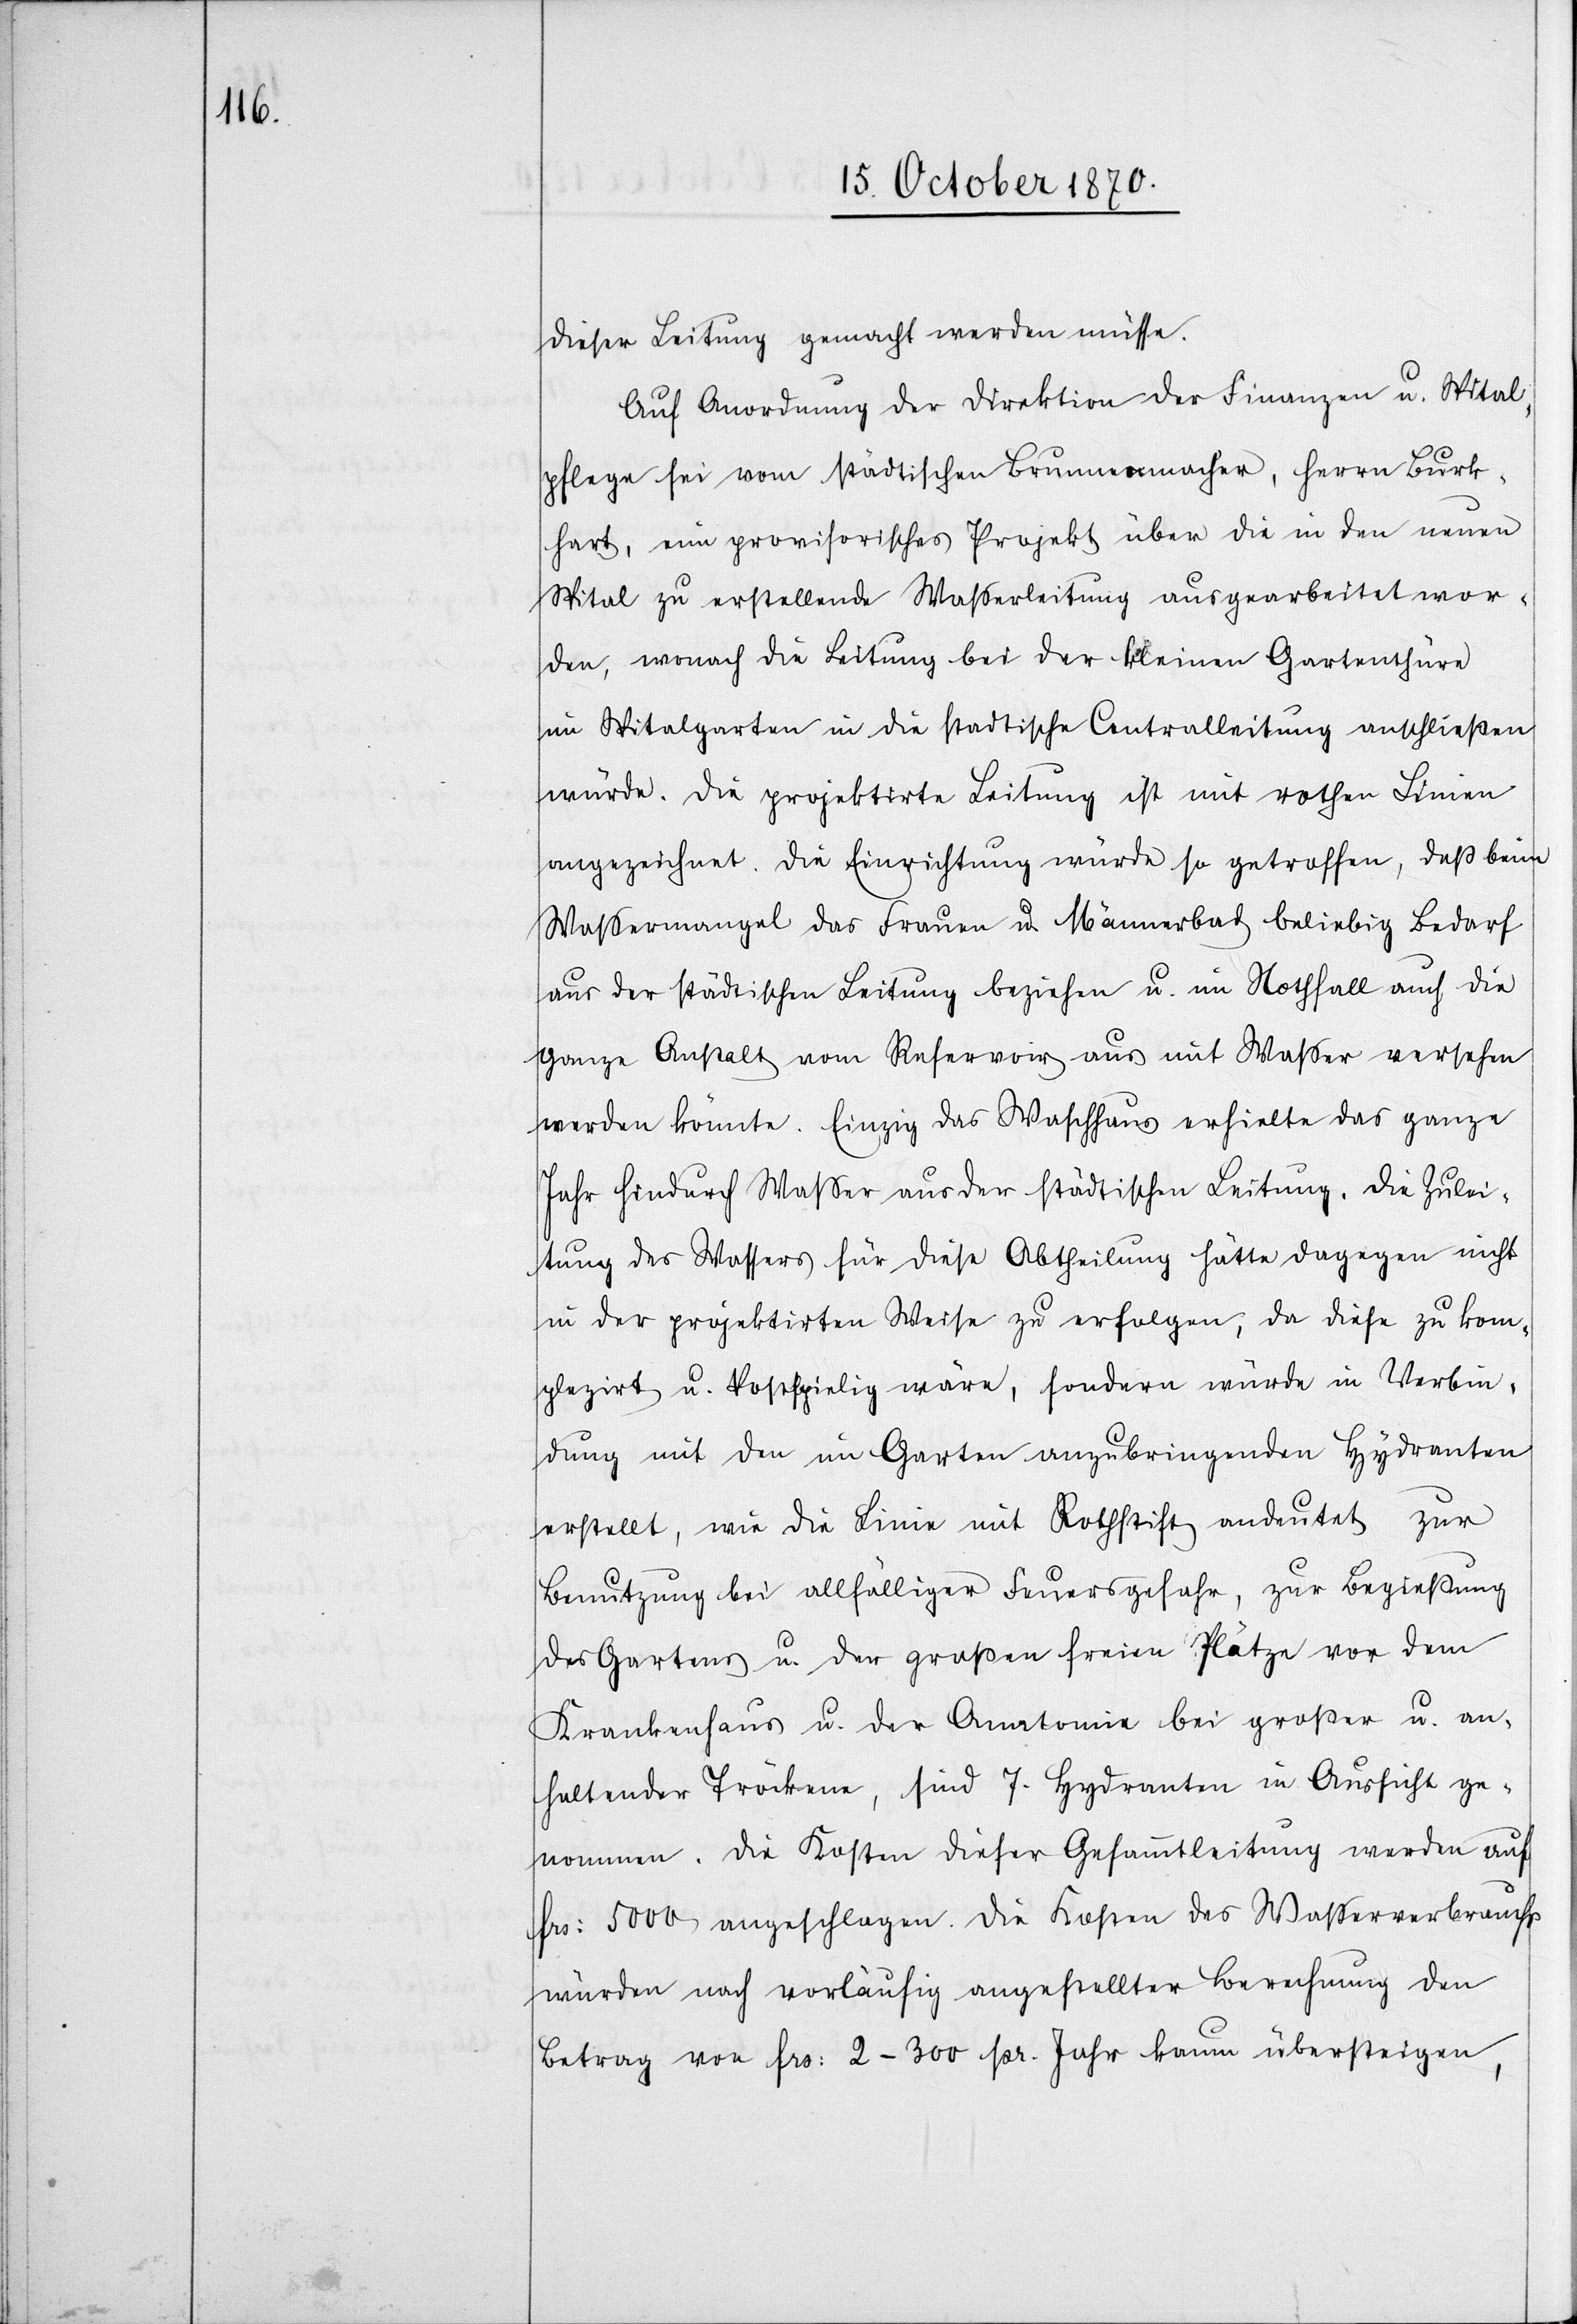
dieser Leitung gemacht werden müsse.
Auf Anordnung der Direktion der Finanzen u. Spital¬
pflege sei vom städtischen Brunnenmacher, Herrn Burk¬
hart, ein provisorisches Projekt über die in den neuen
Spital zu erstellende Wasserleitung ausgearbeitet wor¬
den, wonach die Leitung bei der kleinen Gartenthüre
im Spitalgarten in die städtische Centralleitung anschließen
würde. Die projektirte Leitung ist mit rothen Linien
angezeichnet. Die Einrichtung wurde so getroffen, daß beim
Waßermangel das Frauen u. Männerbad beliebig Bedarf
aus der städtischen Leitung beziehen u. im Nothfall auch die
ganze Anstalt vom Reservoir aus mit Waßer versehen
werden könnte. Einzig das Waschhaus erhielte das ganze
Jahr hindurch Wasser aus der städtischen Leitung. Die Zulei¬
tung des Wassers für diese Abtheilung hätte dagegen nicht
in der projektirten Weise zu erfolgen, da diese zu kom¬
plezirt u. kostspielig wäre, sondern würde in Verbin¬
dung mit den im Garten anzubringenden Hydranten
erstellt, wie die Linie mit Rothstift andeutet zur
Benutzung bei allfälliger Feuergefahr, zur Begießung
des Gartens u. der großen freien Plätze vor dem
Krankenhaus u. der Anatomie bei großer u. an¬
haltender Tröckene, sind 7. Hydranten in Aussicht ge¬
nommen. Die Kosten dieser Gesammtleitung werden auf
Frs: 5000 angeschlagen. Die Kosten des Wasserverbrauchs
würden nach vorläufig angestellter Berechnung den
Betrag von Frs: 2–300 pr. Jahr kaum übersteigen.